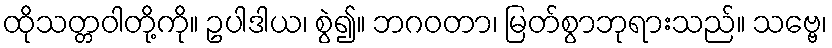
ထိုသတ္တဝါတို့ကို။ ဥပါဒါယ၊ စွဲ၍။ ဘဂဝတာ၊ မြတ်စွာဘုရားသည်။ သဗ္ဗေ၊